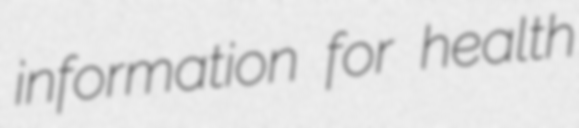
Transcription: information for health